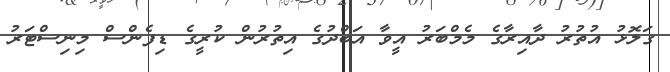
ގަލޮޅު އުތުރު ދާއިރާގެ މެމްބަރު އީވާ އަބްދުގެ އިތުރުން ކުރީގެ ޑިފެންސް މިނިސްޓަރު